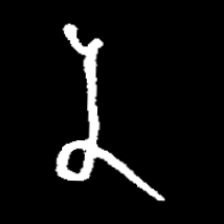
Pyu character \u2014 Myanmar letter: န (romanized: na)